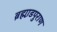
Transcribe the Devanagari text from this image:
ब्रह्मा़डपुराण